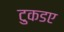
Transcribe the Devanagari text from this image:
टुकडए